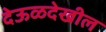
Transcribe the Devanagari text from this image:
देऊळदेखील